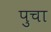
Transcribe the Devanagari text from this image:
पुचा